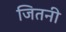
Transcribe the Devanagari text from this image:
जितनी